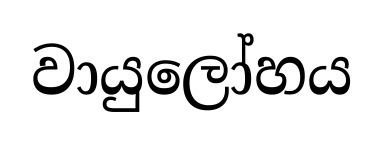
වායුලෝහය